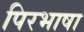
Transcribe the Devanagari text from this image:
पिरभाषा